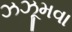
ઝઝૂમવા